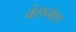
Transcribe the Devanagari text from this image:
वंशनाश